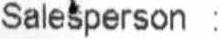
SALESPERSON :